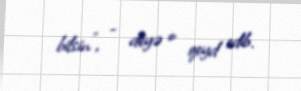
bilsin”, - deyə o qeyd edib.